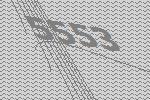
5553